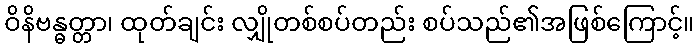
ဝိနိဗန္ဓတ္တာ၊ ထုတ်ချင်း လျှိုတစ်စပ်တည်း စပ်သည်၏အဖြစ်ကြောင့်။